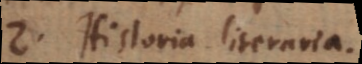
2) Historia literaria.